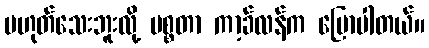
မဟုတ်သေးဘူးလို့ မစ္စတာ ကာ့ခ်လန်က ပြောပါတယ်။